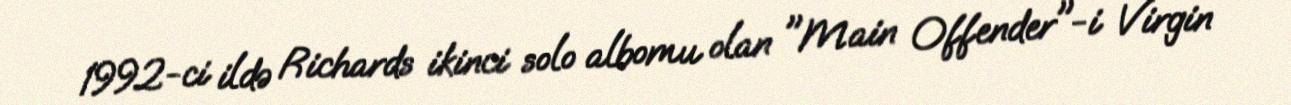
1992-ci ildə Richards ikinci solo albomu olan "Main Offender"-i Virgin